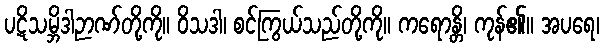
ပဋိသမ္ဘိဒါဉာဏ်တို့ကို။ ဝိသဒါ၊ စင်ကြွယ်သည်တို့ကို။ ကရောန္တိ၊ ကုန်၏။ အပရေ၊